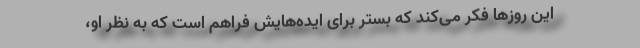
این روزها فکر می‌کند که بستر برای ایده‌هایش فراهم است که به نظر او،